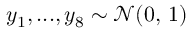
y _ { 1 } , . . . , y _ { 8 } \sim \mathcal { N } ( 0 , \, 1 )